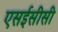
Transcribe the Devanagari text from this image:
एसईसीसी